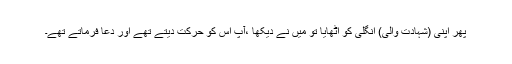
پھر اپنی (شہادت والی) انگلی کو اٹھایا تو میں نے دیکھا ،آپ اس کو حرکت دیتے تھے اور دعا فرماتے تھے۔